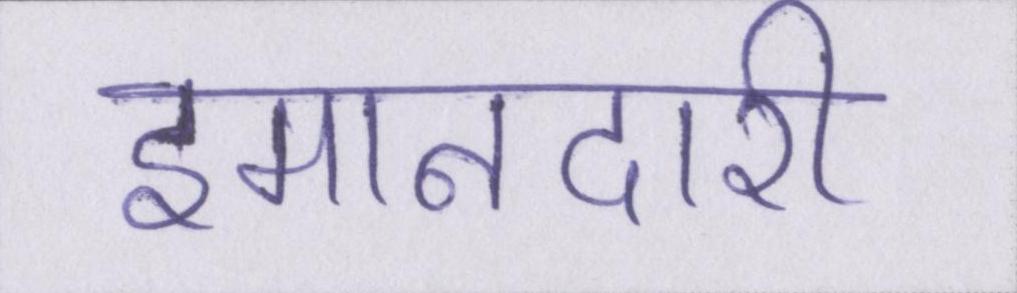
इमानदारी